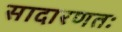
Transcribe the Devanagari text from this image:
सादारणतः